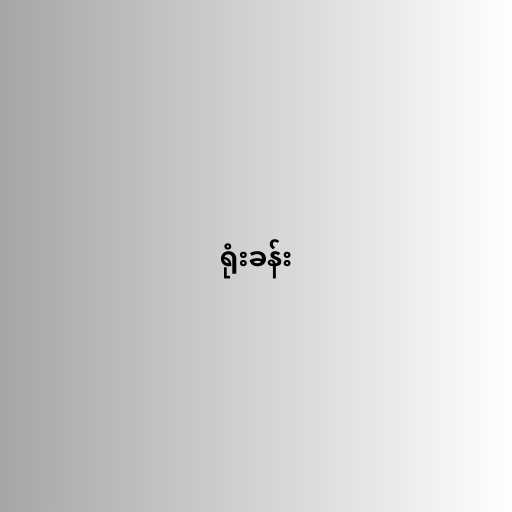
ရုံးခန်း